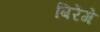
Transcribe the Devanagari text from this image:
बिरेंगे